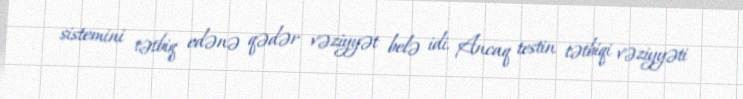
sistemini tətbiq edənə qədər vəziyyət belə idi. Ancaq testin tətbiqi vəziyyəti